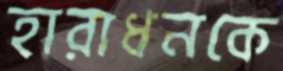
হারাধনকে